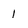
Character: 1